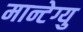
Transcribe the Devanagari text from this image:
मान्टेग्यु